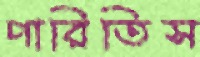
পারিতিস